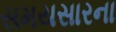
સમયસારના